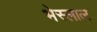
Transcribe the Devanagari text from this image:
भेस्‍लाल